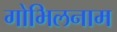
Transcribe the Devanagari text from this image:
गोभिलनाम